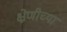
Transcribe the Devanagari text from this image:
क्ष्रेणीच्या